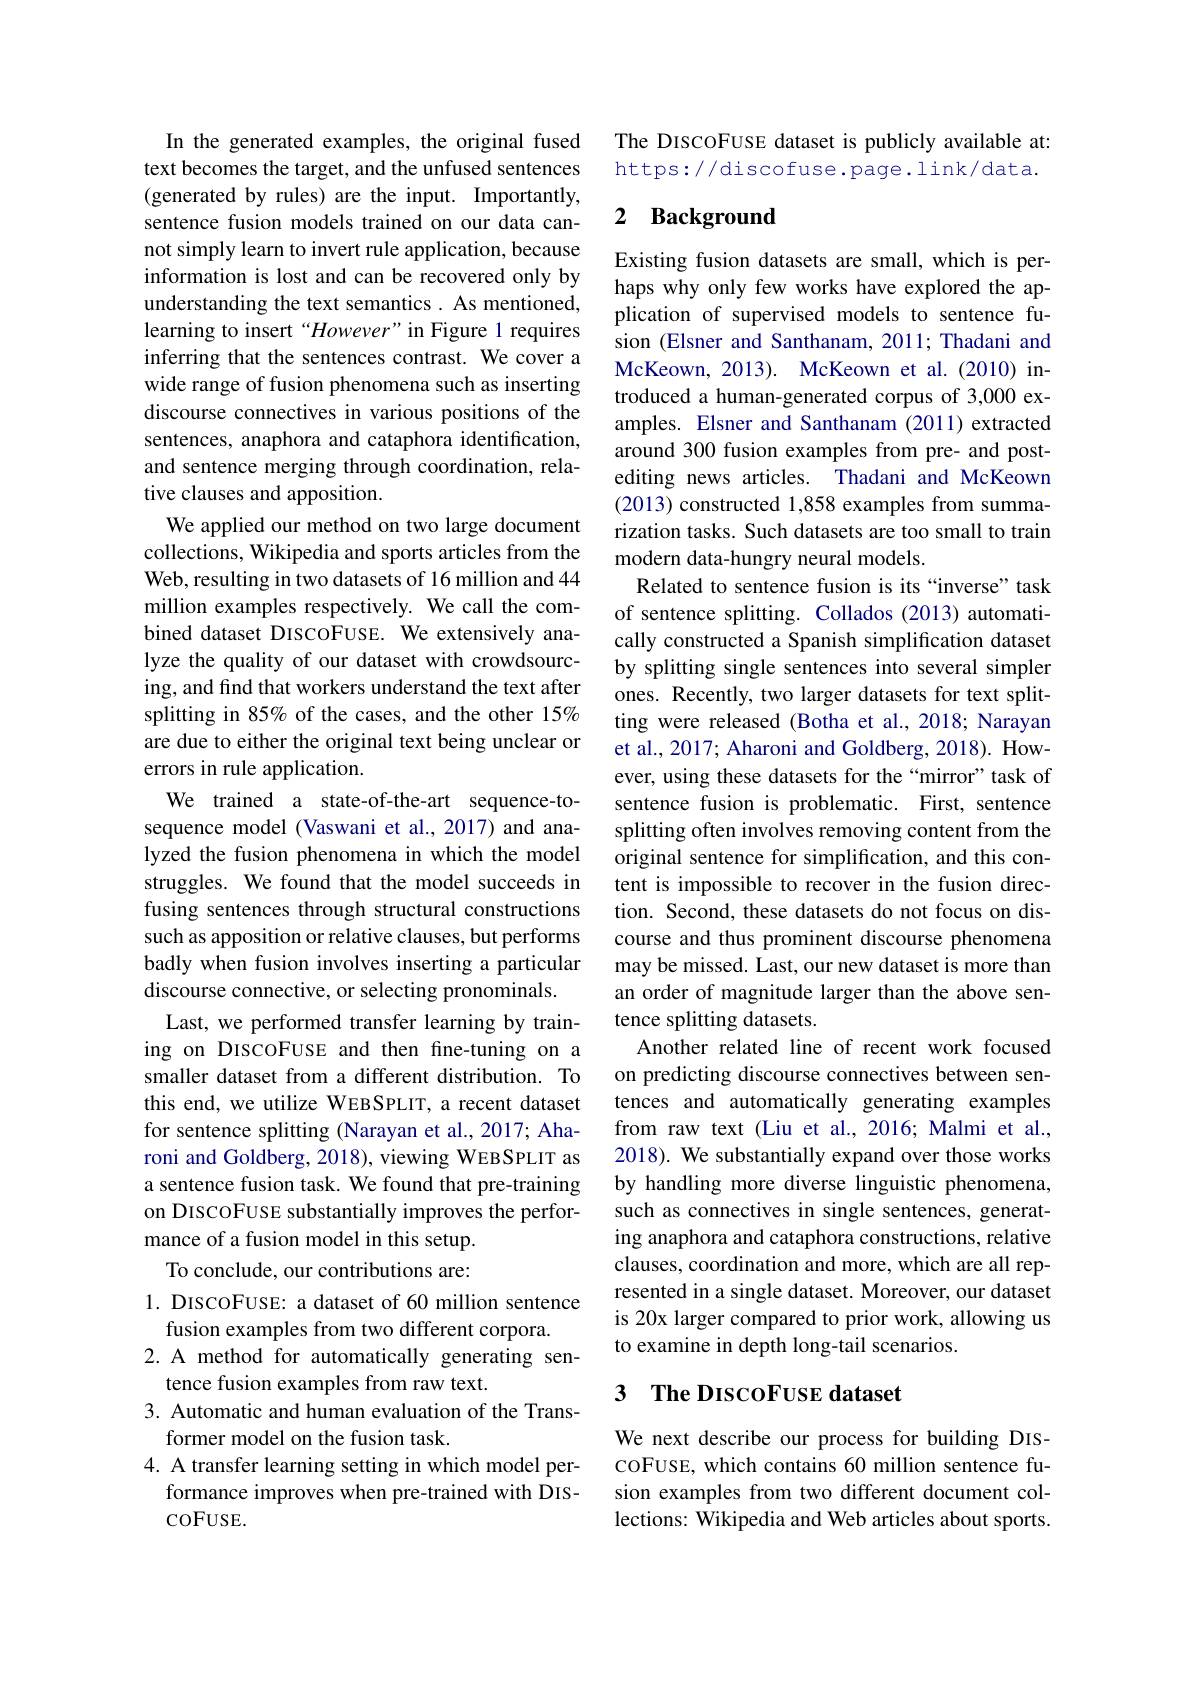
In the generated examples, the original fused text becomes the target, and the unfused sentences (generated by rules) are the input. Importantly, sentence fusion models trained on our data cannot simply learn to invert rule application, because information is lost and can be recovered only by understanding the text semantics As mentioned, learning to insert“However”in Figure 1 requires inferring that the sentences contrast. We cover a wide range of fusion phenomena such as inserting discourse connectives in various positions of the sentences, anaphora and cataphora identification, and sentence merging through coordination, relative clauses and apposition.
We applied our method on two large document collections, Wikipedia and sports articles from the Web, resulting in two datasets of 16 million and 44 million examples respectively. We call the combined dataset DISCOFUSE. We extensively analyze the quality of our dataset with crowdsourcing, and find that workers understand the text after splitting in 85% of the cases, and the other 15% are due to either the original text being unclear or errors in rule application.
We trained a state-of-the-art sequence-tosequence model (Vaswani et al., 2017) and analyzed the fusion phenomena in which the model struggles. We found that the model succeeds in fusing sentences through structural constructions such as apposition or relative clauses, but performs badly when fusion involves inserting a particular discourse connective, or selecting pronominals.
Last, we performed transfer learning by training on DIscoFUSE and then fne-tuning on a smaller dataset from a different distribution. To this end, we utilize WEBSPLIT, a recent dataset for sentence splitting (Narayan et al., 2017; Aharoni and Goldberg, 2018), viewing WEBSPLIT as a sentence fusion task. We found that pre-training on DISCOFUSE substantially improves the performance of a fusion model in this setup.
To conclude, our contributions are:
1. DISCOFUSE: a dataset of 60 million sentence
fusion examples from two different corpora.
2.A method for automatically generating sen-
tence fusion examples from raw text.

3. Automatic and human evaluation of the Trans-
former model on the fusion task.
4. A transfer learning setting in which model per-
formance improves when pre-trained with DIS-
$coFUSE.$

The DISCOFUSE dataset is publicly available at: https://discofuse.page.link/data.

## 2 Background

Existing fusion datasets are small, which is perhaps why only few works have explored the application of supervised models to sentence fusion (Elsner and Santhanam, 2011; Thadani and McKeown, 2013). McKeown et al.(2010) introduced a human-generated corpus of 3,000 examples. Elsner and Santhanam (2011) extracted around 300 fusion examples from pre- and postediting news articles. Thadani and McKeown (2013) constructed 1,858 examples from summarization tasks. Such datasets are too small to train modern data-hungry neural models.
Related to sentence fusion is its “inverse” task of sentence splitting. Collados (2013) automatically constructed a Spanish simplification dataset by splitting single sentences into several simpler ones. Recently, two larger datasets for text splitting were released (Botha et al.,2018; Narayan et al., 2017; Aharoni and Goldberg, 2018). However, using these datasets for the“mirror”task of sentence fusion is problematic. First, sentence splitting often involves removing content from the original sentence for simplification, and this content is impossible to recover in the fusion direction. Second, these datasets do not focus on discourse and thus prominent discourse phenomena may be missed. Last, our new dataset is more than an order of magnitude larger than the above sentence splitting datasets.
Another related line of recent work focused on predicting discourse connectives between sentences and automatically generating examples from raw text (Liu et al., 2016; Malmi et al., 2018). We substantially expand over those works by handling more diverse linguistic phenomena, such as connectives in single sentences, generating anaphora and cataphora constructions, relative clauses, coordination and more, which are all represented in a single dataset. Moreover, our dataset is 20x larger compared to prior work, allowing us to examine in depth long-tail scenarios.

# 3 The DIScoFUSE dataset

We next describe our process for building DIScoFUSE, which contains 60 million sentence fusion examples from two different document collections: Wikipedia and Web articles about sports.